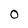
Character: 0